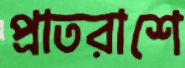
প্রাতরাশে